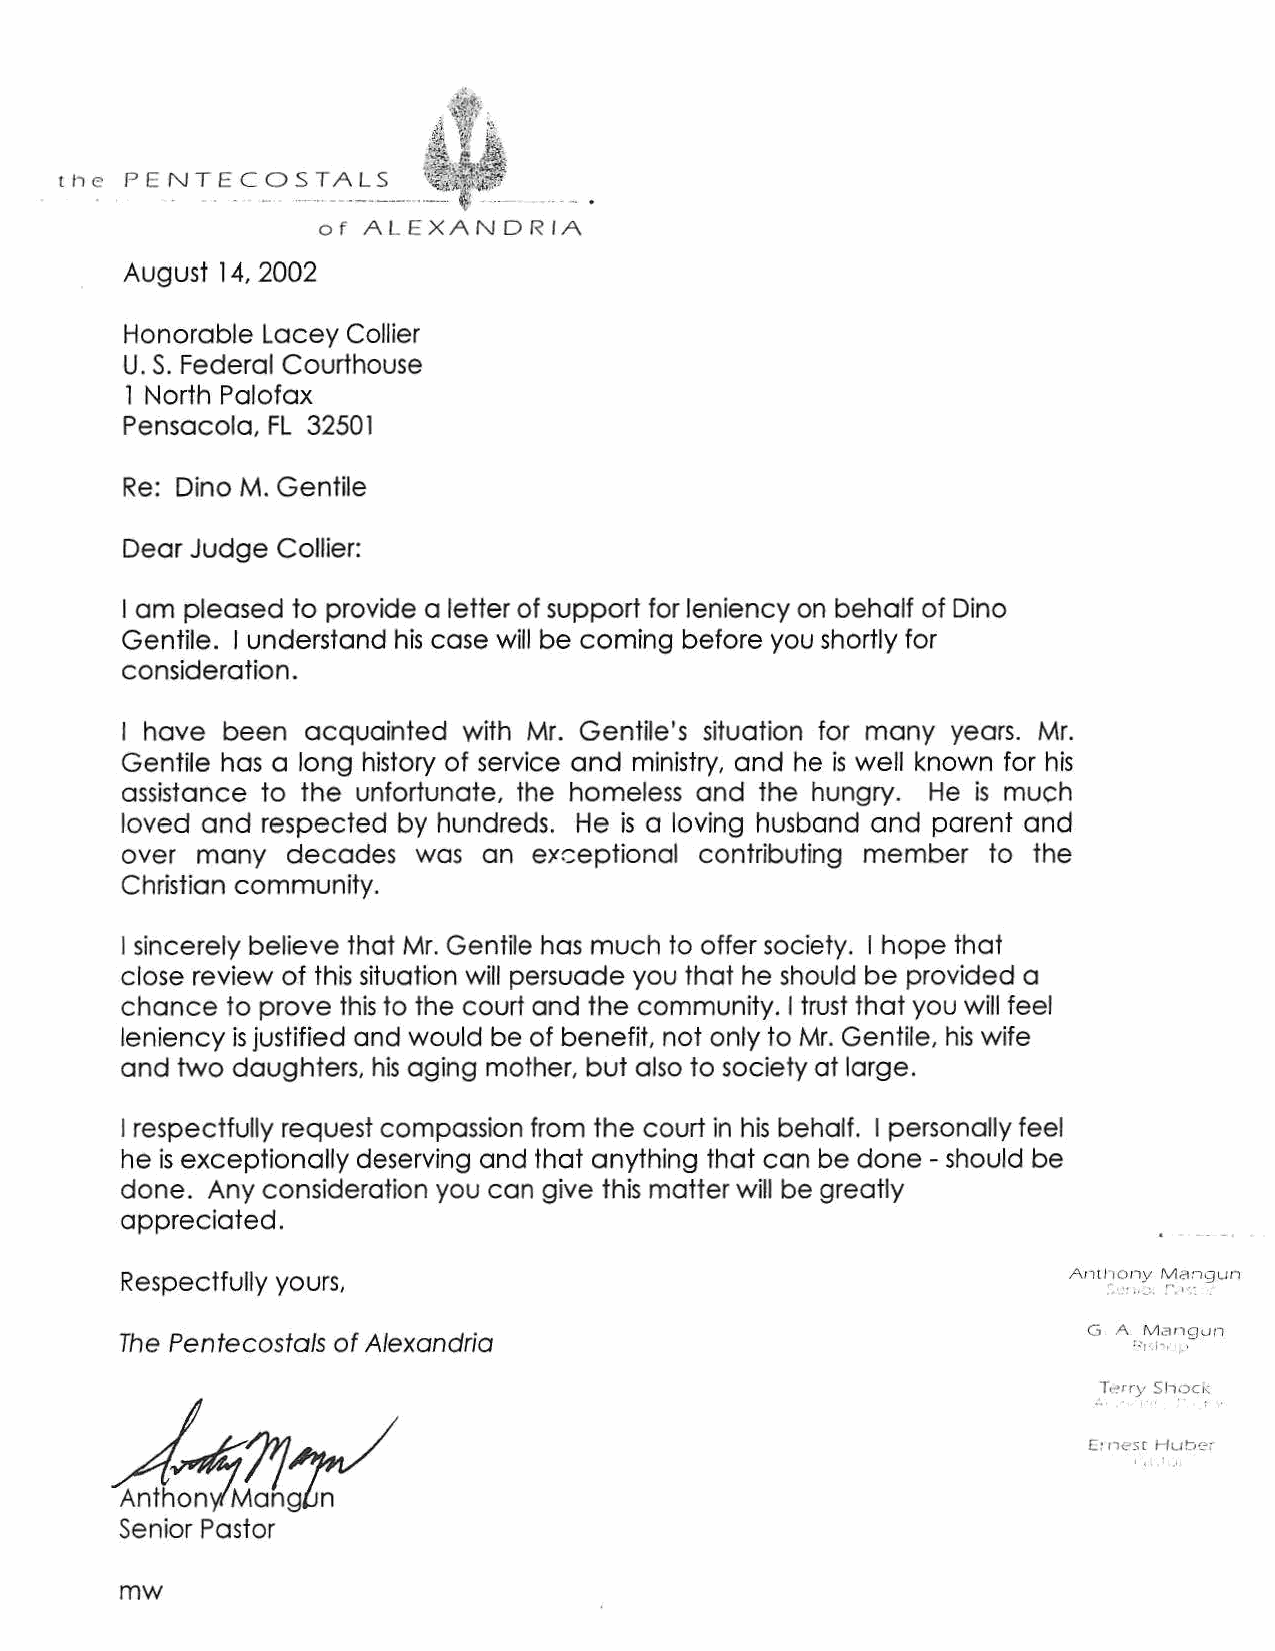
tf1 e P E N TECOSTALS
 of ALEXANDRIA
 August 14, 2002
 Honorable Lacey Collier
 U.S. Federal Courthouse
 1 North Palofax
 Pensacola, FL 32501
 Re: Dino M. Gentile
 Dear Judge Collier:
 I am pleased to provide a letter of support for leniency on behalf of Dino
 Gentile. I understand his case will be coming before you shortly for
 consideration.
 I have been acquainted with Mr. Gentile's situation for many years. Mr.
 Gentile has a long history of service and ministry, and he is well known for his
 assistance to the unfortunate, the homeless and the hungry. He is much
 loved and respected by hundreds. He is a loving husband and parent and
 over many  decades was  an exc:eptional contributing member to the
 Christian community.
 I sincerely believe that Mr. Gentile has much to offer society. I hope that
 close review of this situation will persuade you that he should be provided a
 chance to prove this to the court and the community. I trust that you will feel
 leniency is justified and would be of benefit, not only to Mr. Gentile, his wife
 and two daughters, his aging mother, but also to society at large.
 I respectfully request compassion from the court in his behalf. I personally feel
 he is exceptionally deserving and that anything that can be done - should be
 done. Any consideration you can give this matter will be greatly
 appreciated.
 Respectfully yours,                                            Ant11ony Ma:•gun
 • .,_ '""',I'
 G A Mangun
 The Pentecostals of Alexandria
 1~!·.1-. ' .-
 :.T ,-:>
 .
 rry
 '
 S. J•o
 .
 ck
 : .
 L~?Jz/
 ''
 Senior Pastor
 mw